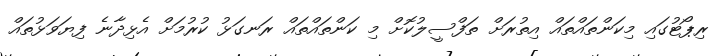
ރިޕޯޓުގައި މިކަންތައްތައް އިތުރަށް ތަފްސީލުކޮށް މި ކަންތައްތައް ރަނގަޅު ކުރުމަށް އެޅިދާނެ ފިޔަވަޅުތައް